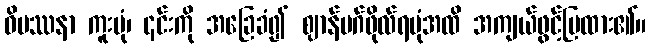
ဝိပဿနာ ကူးပုံ၊ ၎င်းကို အခြေခံ၍ ဈာန်မဂ်ဖိုလ်ရပုံအထိ အကျယ်ဖွင့်ပြထား၏။